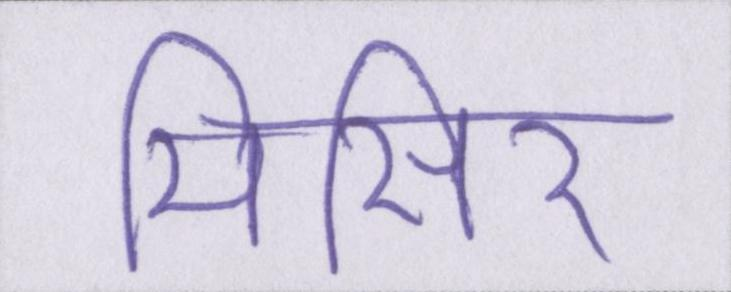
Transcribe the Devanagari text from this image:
मिसिर